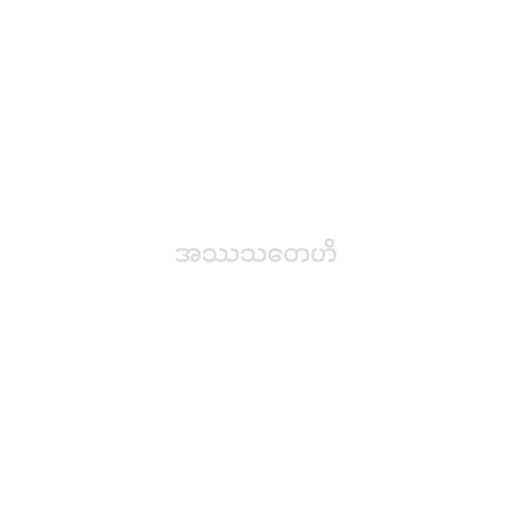
အဿသတေဟိ